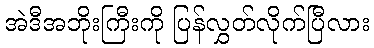
အဲဒီအဘိုးကြီးကို ပြန်လွှတ်လိုက်ပြီလား